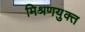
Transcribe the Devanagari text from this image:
मिश्रणयुक्त